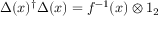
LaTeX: \Delta ( x ) ^ { \dagger } \Delta ( x ) = f ^ { - 1 } ( x ) \otimes 1 _ { 2 }